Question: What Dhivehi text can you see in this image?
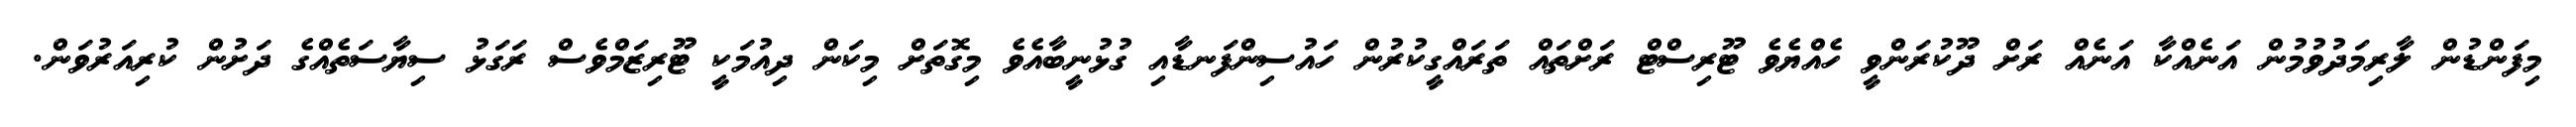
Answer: މިފަންޑުން ލާރިމަދުވުމުން އަނެއްކާ އަނެއް ރަށް ދޫކުރަންވީ ހެއްޔެވެ ޓޫރިސްޓް ރަށްތައް ތަރައްގީކުރުން ހައުސިންފަނޑާއި ގުޅުނީބާއެވެ މިގޮތަށް މިކަން ދިއުމަކީ ޓޫރިޒަމްވެސް ރަގަޅު ސިޔާސަތެއްގެ ދަށުން ކުރިއަރުވަން.